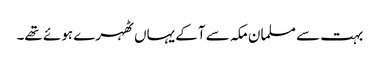
بہت سے مسلمان مکہ سے آکے یہاں ٹھہرے ہوئے تھے۔